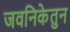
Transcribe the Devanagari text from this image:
जवनिकेतुन